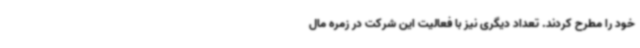
خود را مطرح کردند. تعداد دیگری نیز با فعالیت این شرکت در زمره مال